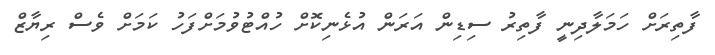
ފާތިރަށް ހަމަލާދިނީ ފާތިރު ސިޑިން އަރަން އުޅެނިކޮށް ހުއްޓުވުމަށްފަހު ކަމަށް ވެސް ރިޔާޒް